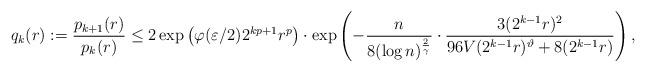
LaTeX: \begin{align*}q_k(r) := \frac{p_{k+1}(r)}{p_k(r)}\leq 2 \exp \left( \varphi(\varepsilon/2) 2^{k p + 1} r^p \right) \cdot \exp \left( - \frac{n}{8 (\log n)^{\frac{2}{\gamma}}} \cdot \frac{3 (2^{k-1} r)^2}{96 V (2^{k-1} r)^{\vartheta} + 8 (2^{k-1} r)} \right),\end{align*}